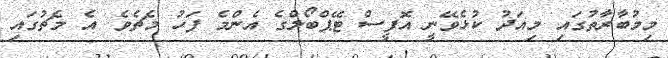
މިމުބާރާތުގައި މިއަދު ކުޅެވޭނީ އޮފީސް ޓޭޕްބޯލްގެ އެންމެ ފަހު މެޗެވެ. އެ މެޗުގައި